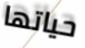
حياتها